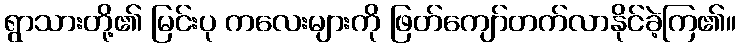
ရွာသားတို့၏ မြင်းပု ကလေးများကို ဖြတ်ကျော်တက်လာနိုင်ခဲ့ကြ၏။